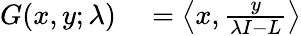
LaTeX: \begin{array}{rl}{G(x,y;\lambda)}&{{}=\left\langle x,{\frac{y}{\lambda I-L}}\right\rangle}\end{array}